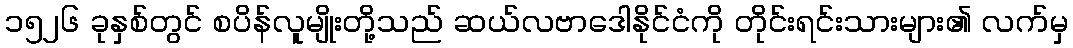
၁၅၂၆ ခုနှစ်တွင် စပိန်လူမျိုးတို့သည် ဆယ်လဗာဒေါနိုင်ငံကို တိုင်းရင်းသားများ၏ လက်မှ